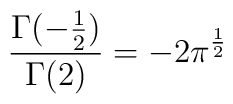
\frac{\Gamma (-\frac{1}{2})}{\Gamma (2)}=-2\pi ^{\frac{1}{2}}